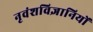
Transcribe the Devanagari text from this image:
नृवंशविज्ञानियों